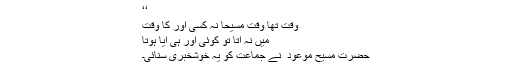
‘‘
وقت تھا وقتِ مسیحا نہ کسی اور کا وقت
میں نہ آتا تو کوئی اور ہی آیا ہوتا
حضرت مسیح موعود ؑ نے جماعت کو یہ خوشخبری سنائی۔